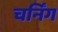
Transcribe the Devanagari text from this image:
चर्निंग